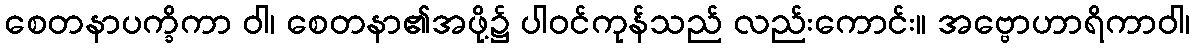
စေတနာပက္ခိကာ ဝါ၊ စေတနာ၏အဖို့၌ ပါဝင်ကုန်သည် လည်းကောင်း။ အဗ္ဗောဟာရိကာဝါ၊